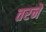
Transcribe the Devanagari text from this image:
तरने